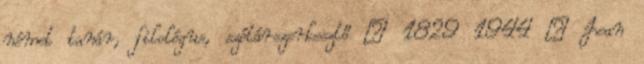
német tanár, filológus, szótárszerkesztő † 1829 1944 – Jean